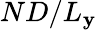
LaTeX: ND/L_{\mathbf{y}}